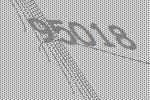
95018